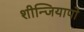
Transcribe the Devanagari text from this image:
शीन्जियापो